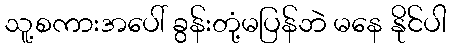
သူ့စကားအပေါ် ခွန်းတုံ့မပြန်ဘဲ မနေ နိုင်ပါ